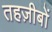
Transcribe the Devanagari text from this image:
तहज़ीबों